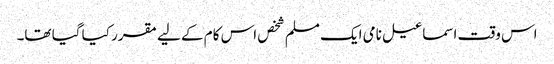
اس وقت اسماعیل نامی ایک مسلم شخص اس کام کے لیے مقرر کیا گیا تھا۔